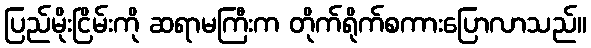
ပြည်မိုးငြိမ်းကို ဆရာမကြီးက တိုက်ရိုက်စကားပြောလာသည်။